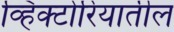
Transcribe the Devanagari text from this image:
व्हिक्टोरियातील